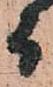
而